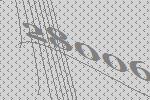
28006